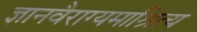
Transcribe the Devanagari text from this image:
ज्ञानवैराग्यमाश्रित्य